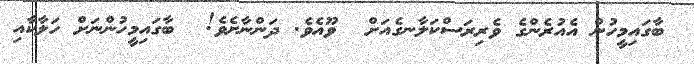
ބާގައިމީހުން އެއުރެންގެ ވެރިރަސްކަލާނގެއަށް  ވޫއެވެ. ދަންނާށެވެ!  ބާގައިމީހުންނަށް ހަލާކާއި